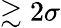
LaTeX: \gtrsim 2\sigma